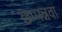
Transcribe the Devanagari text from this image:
छप्पन्नवा